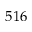
5 1 6